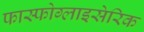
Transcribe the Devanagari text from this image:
फास्फोग्लाइसेरिक